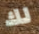
لك